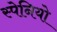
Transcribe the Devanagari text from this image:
स्पेनियो